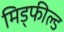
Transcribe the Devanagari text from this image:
मिड्फील्ड